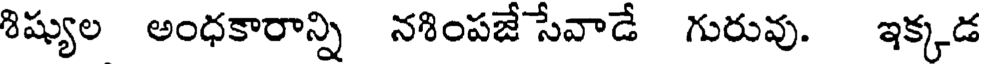
శిష్యుల అంధకారాన్ని నశింపజే సేవాడే గురువు. ఇక్కడ